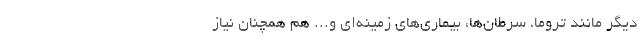
دیگر مانند تروما، سرطان‌ها، بیماری‌های زمینه‌ای و... هم همچنان نیاز